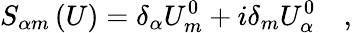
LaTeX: S_{\alpha m}\left(U\right)=\delta_{\alpha}U_{m}^{0}+i\delta_{m}U_{\alpha}^{0}\quad,